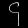
Digit: ၄